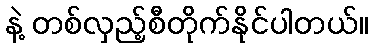
နဲ့ တစ်လှည့်စီတိုက်နိုင်ပါတယ်။